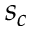
s _ { c }